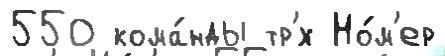
550 кома́нды тр'́х Но́м'ер